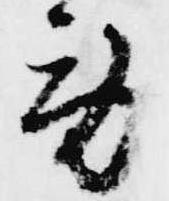
労